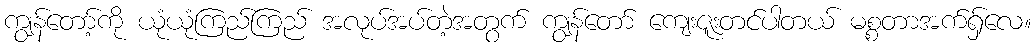
ကျွန်တော့်ကို ယုံယုံကြည်ကြည် အလုပ်အပ်တဲ့အတွက် ကျွန်တော် ကျေးဇူးတင်ပါတယ် မစ္စတာအက်ရှ်လေ။